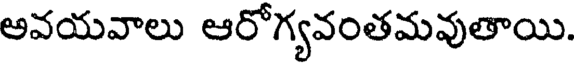
అవయవాలు ఆరోగ్యవంతమవుతాయి.